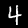
Digit: 4